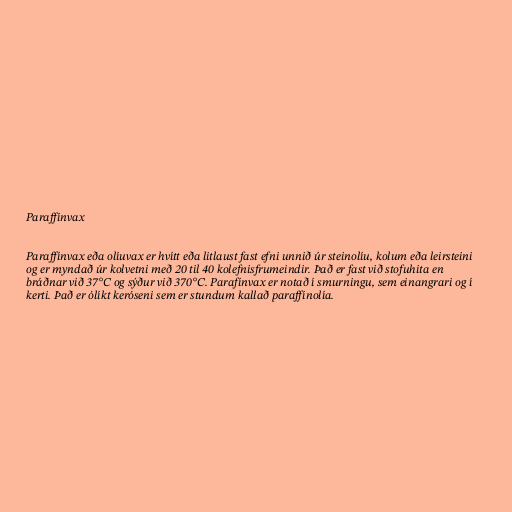
Paraffínvax

Paraffínvax eða olíuvax er hvítt eða litlaust fast efni unnið úr steinolíu, kolum eða leirsteini
og er myndað úr kolvetni með 20 til 40 kolefnisfrumeindir. Það er fast við stofuhita en
bráðnar við 37°C og sýður við 370°C. Parafínvax er notað í smurningu, sem einangrari og í
kerti. Það er ólíkt keróseni sem er stundum kallað paraffínolía.